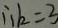
\therefore k = 3